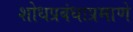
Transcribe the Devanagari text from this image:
शोधप्रबंधाप्रमाणे